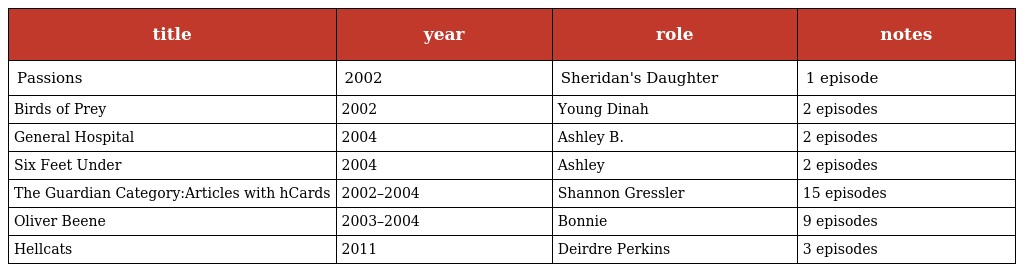
| title | year | role | notes |
 | --- | --- | --- | --- |
 | Passions | 2002 | Sheridan's Daughter | 1 episode |
 | Birds of Prey | 2002 | Young Dinah | 2 episodes |
 | General Hospital | 2004 | Ashley B. | 2 episodes |
 | Six Feet Under | 2004 | Ashley | 2 episodes |
 | The Guardian Category:Articles with hCards | 2002–2004 | Shannon Gressler | 15 episodes |
 | Oliver Beene | 2003–2004 | Bonnie | 9 episodes |
 | Hellcats | 2011 | Deirdre Perkins | 3 episodes |